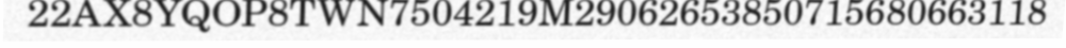
22AX8YQOP8TWN7504219M29062653850715680663118